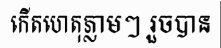
កើតហេតុភ្លាមៗ រួចបាន